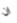
ان